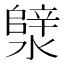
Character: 𪷣